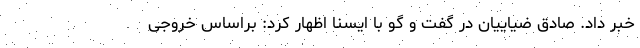
خبر داد. صادق ضیاییان در گفت و گو با ایسنا اظهار کرد: براساس خروجی